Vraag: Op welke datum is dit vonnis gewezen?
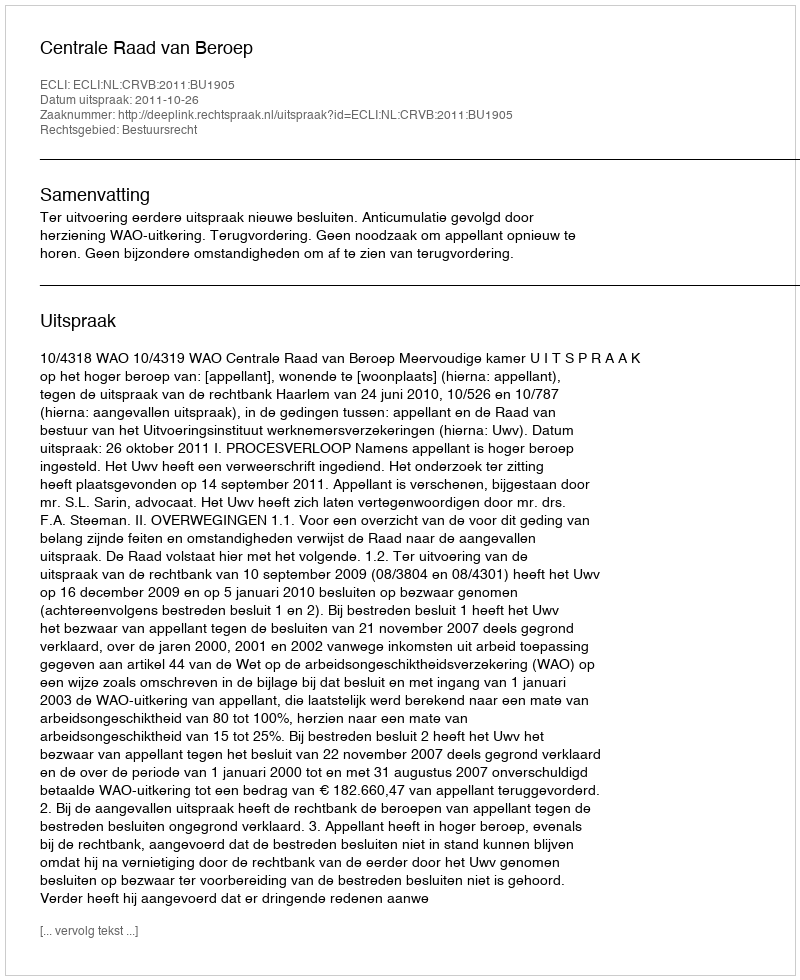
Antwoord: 2011-10-26